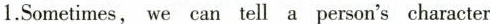
1.Sometimes, we can tell a person's character